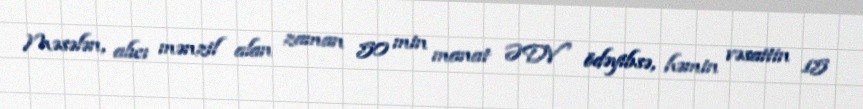
Məsələn, alıcı mənzil alan zaman 50 min manat ƏDV ödəyibsə, həmin vəsaitin 15